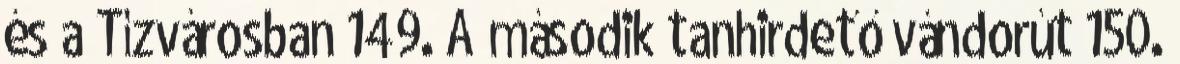
és a Tízvárosban 149. A második tanhirdető vándorút 150.